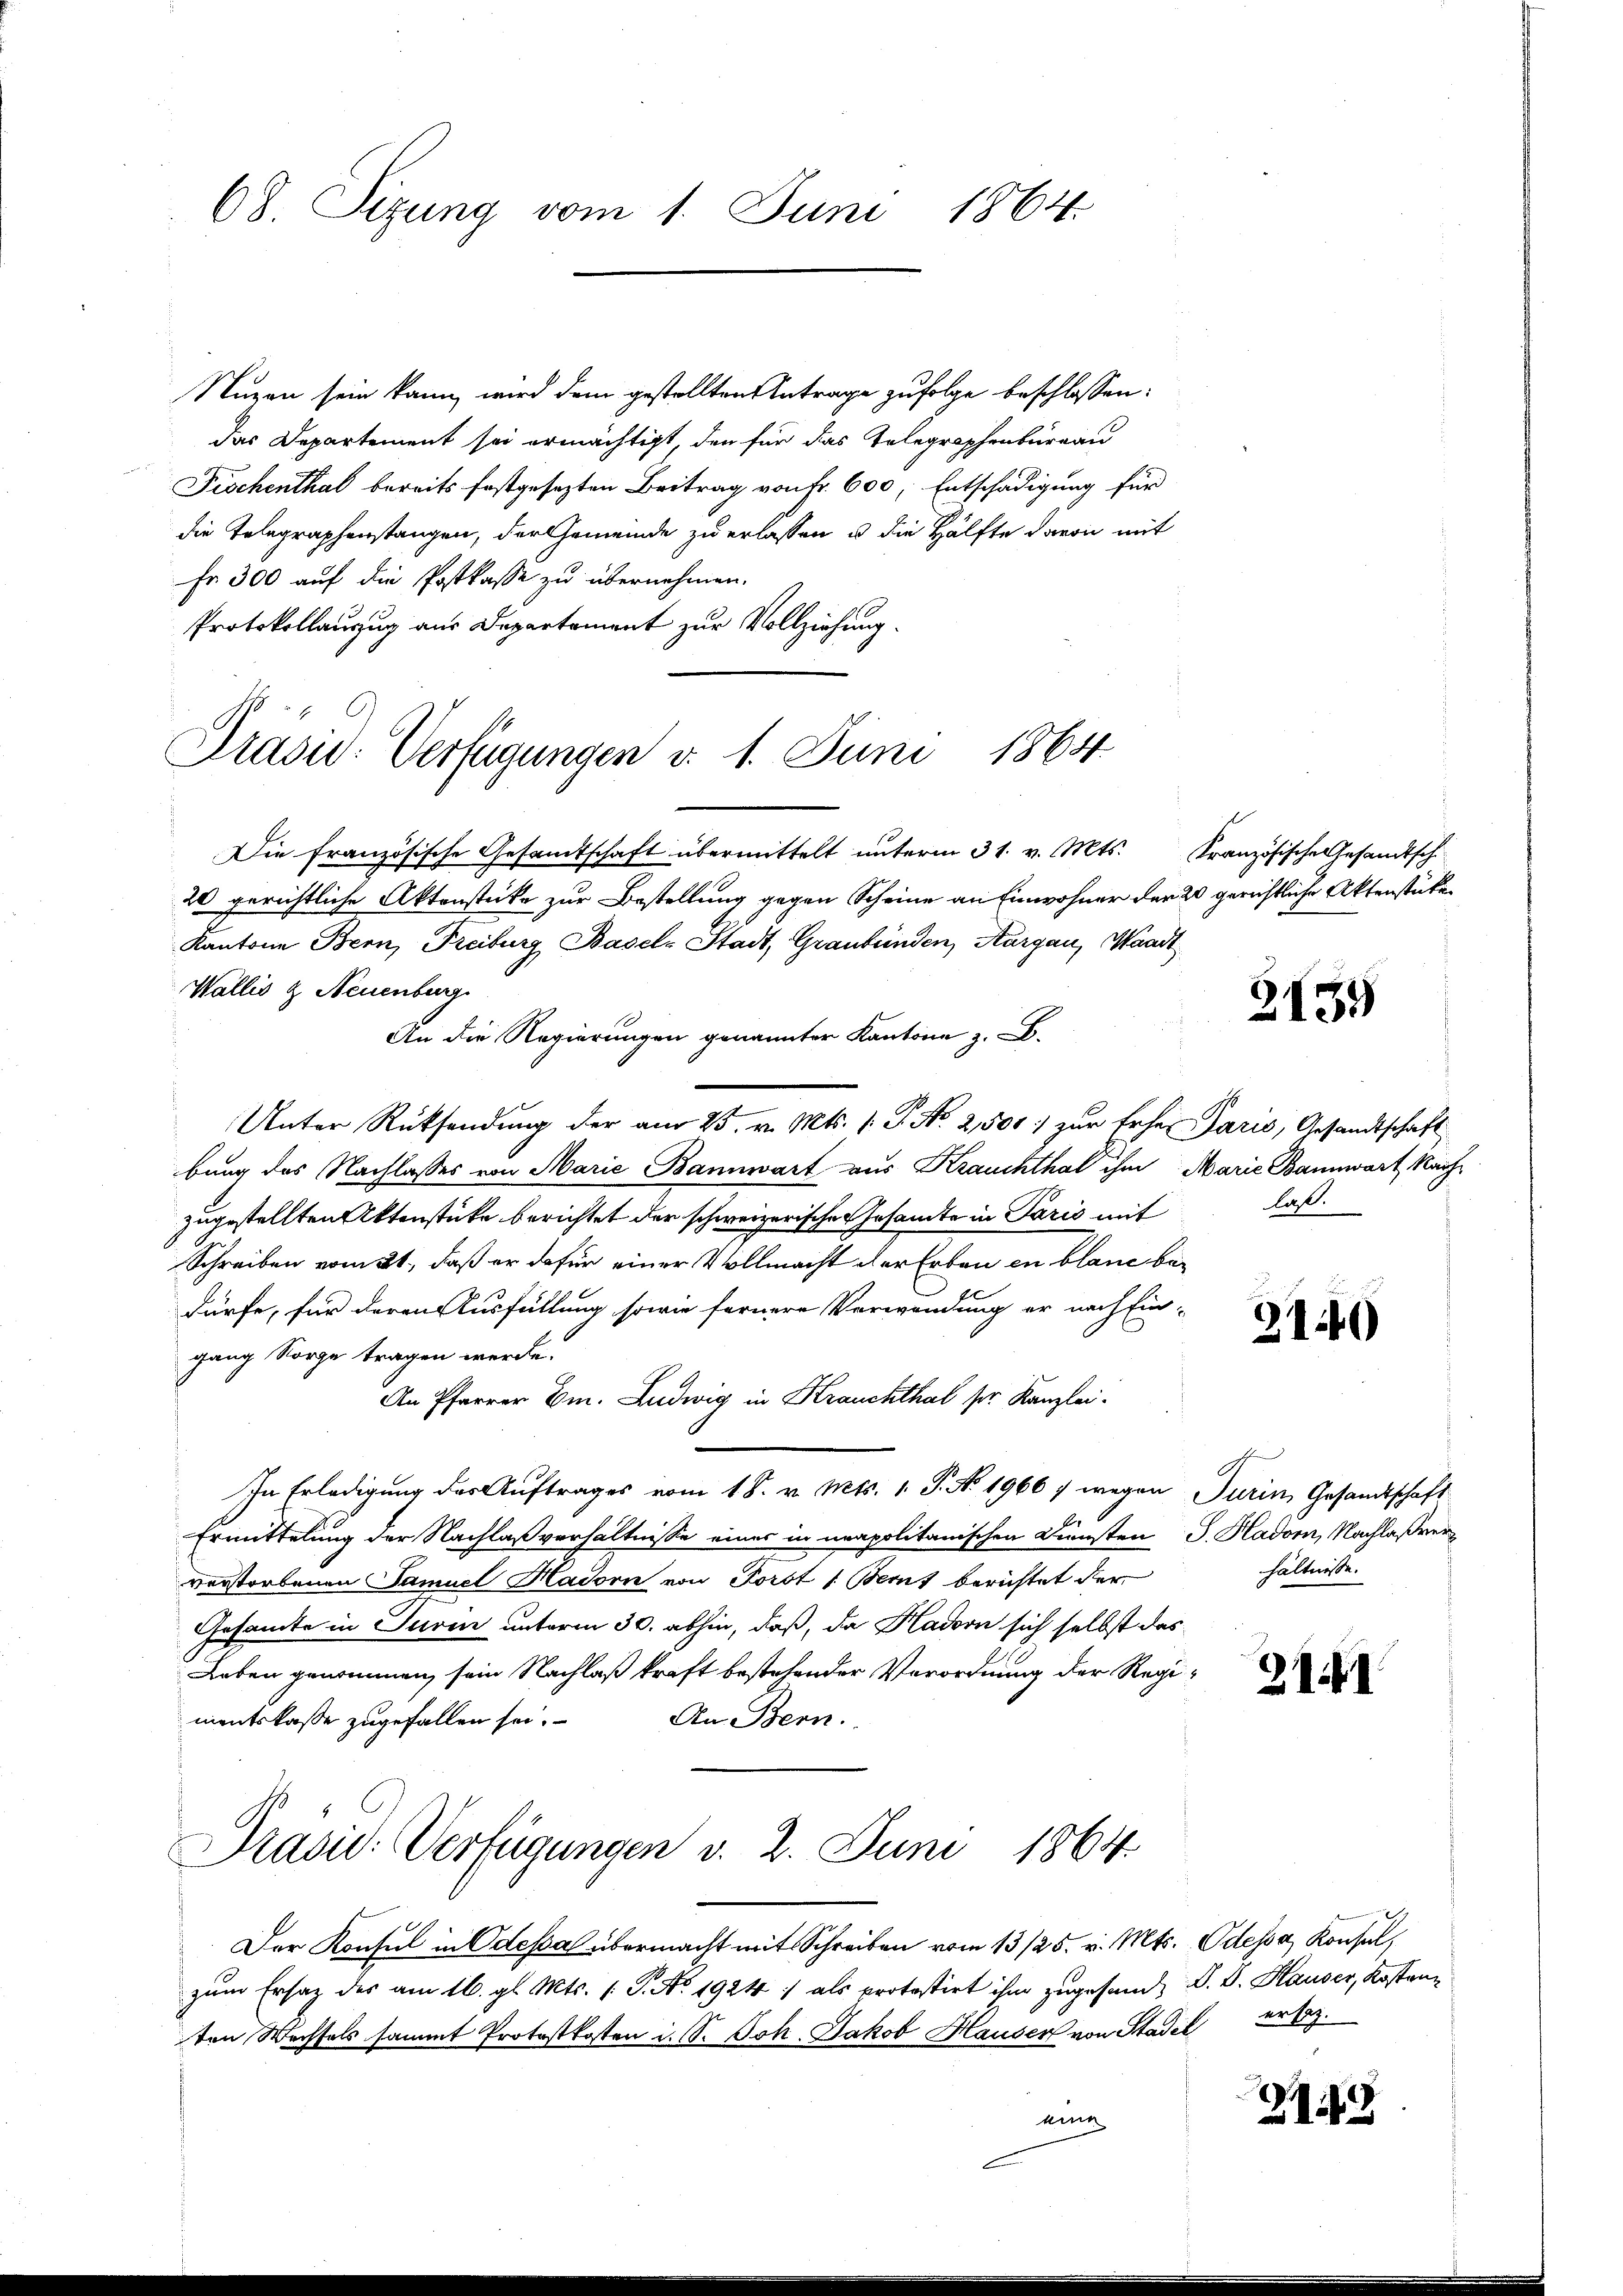
68. Sitzung vom 1. Juni 1864.

Nuzen sein kann, wird dem gestellten Antrage zufolge beschlossen:
das Departement sei ermächtigt, den für das Telegraphenbureau
Fischenthal bereits festgesezten Beitrag von Fr. 600, Entschädigung für
die Telegraphenstangen, der Gemeinde zu erlassen u. die Hälfte davon mit
Er 300 auf die Postkasse zu übernehmen.
Protokollauszug aus Departement zur Vollziehung.
Die französische Gesandtschaft übermittelt unterm 31. v. Mts. Französische Gesandtsch
20 gerichtliche Aktenstücke zur Bestellung gegen Scheine an Einwohner der 20 gerichtliche Aktenstücken
Kantone Bern, Freiburg Basels Stadt, Graubünden, Aargau, Waadt
Wallis & Neuenburg
An die Regierungen genannter Kantone z.
Unter Rücksendung der am 25. v. Mts. 1. P. Nr. 2,500 zur Erher Paris, Gesandtschaft
bung des Nachlasses von Marie Bannwart aus Krauchthal ihm Marie Bannwart Nach
zugestellten Aktenstücke berichtet der schweizerischen Gesamte in Paris mit
Schreiben vom 21., daß er dafür einer Vollmacht der Erbau in blaue bedürfe, für deren Ausfüllung sowie fernere Verwendung er nach Ein-
gang Sorge tragen werde.
An Pfarrer Em. Ludwig in Krauchthal ser Kanzlei.
In Erledigung des Auftrages vom 18. v. Mts. 1. P. No. 1966 7 wegen
Ermittelung der Nachlaßverhältnisse eines in neapolitanischen Diensten
verstorbenen Samuel Hadorn von Forst 1. Beruf berichtet der
Gesamte in Turm unterm 30. abhin, daß, da Hadorn sich selbst das
Leben genommen, sein Nachlaß kraft bestehender Verordnung der Regi
An Bern.
mentskasse zugefallen sei.
Präsid. Verfügungen v. 2. Juni 1864.
Der Konsul in Odessa übermacht mit Schreiben vom 13/25. v. Mts. Odessa, Konsul,
zum Ersatz des am 16. gl. Mts. (T. No. 1924 ; als protestirt ihm zugesandt, V. B. Hauser, Kostanten Wechsels sammt Protostkosten i. S. Joh. Jakob Hauser von Stadel erbez.
eine

Präsid. Verfügungen d. 1. Juni 1864.

e

3154

las.

2140

Turin, Gesandtschaft
S. Hador, Nachlaßverhältnisse.

211

28